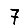
Digit: 7